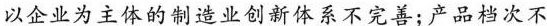
以企业为主体的制造业创新体系不完善；产品档次不